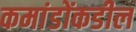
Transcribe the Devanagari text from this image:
कमांडोंकडील